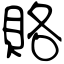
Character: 賂